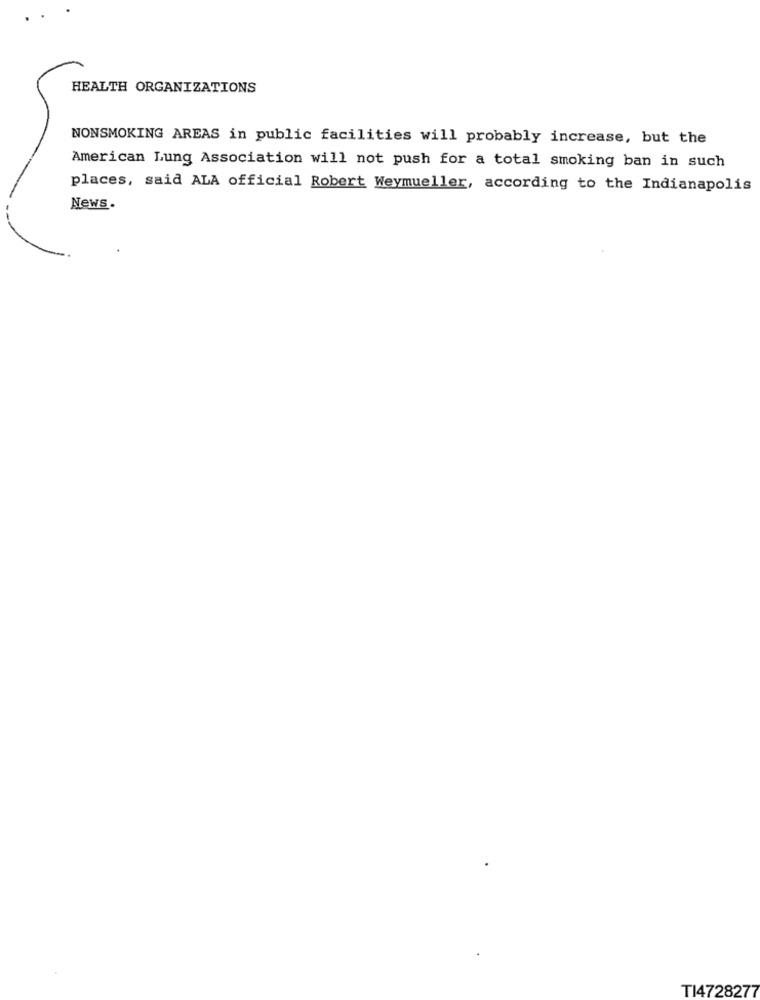
HEALTH ORGANIZATIONS
NONSMOKING AREAS in public facilities will probably increase, but the
American Lung Association will not push for a total smoking ban in such
places, said ALA official Robert Weymueller, according to the Indianapolis
News.
TI4728277